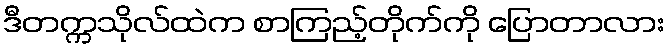
ဒီတက္ကသိုလ်ထဲက စာကြည့်တိုက်ကို ပြောတာလား